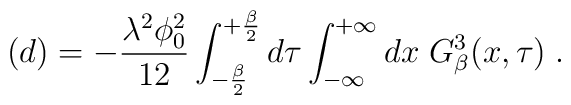
(d)= - \frac{\lambda^2 \phi_0^2}{12} \int_{- \frac {\beta} {2}}^{+\frac {\beta} {2}} d \tau \int_{-\infty}^{+\infty} dx \; G^3_{\beta} (x, \tau) \; .